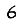
Digit: 6